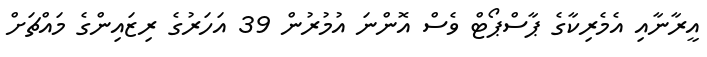
އީރާނާއި އެމެރިކާގެ ޕާސްޕޯޓް ވެސް އޮންނަ އުމުރުން 39 އަހަރުގެ ރިޒައިންގެ މައްޗަށް